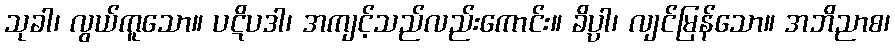
သုခါ၊ လွယ်ကူသော။ ပဋိပဒါ၊ အကျင့်သည်လည်းကောင်း။ ခိပ္ပါ၊ လျင်မြန်သော။ အဘိညာစ၊